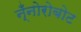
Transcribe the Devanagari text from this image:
न्ँनोरोबोट